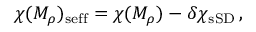
\chi ( M _ { \rho } ) _ { \mathrm { s e f f } } = \chi ( M _ { \rho } ) - \delta \chi _ { \mathrm { s S D } } \, ,